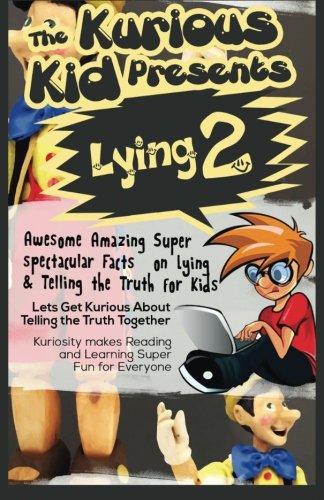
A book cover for The Kurious Kid Presents Lying 2: Awesome Amazing Super  spectacular Facts on Lying  & Telling the Truth For Kids; Brian Cliette; Parenting & Relationships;